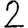
Digit: 2